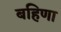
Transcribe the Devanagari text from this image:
बहिणा